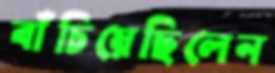
বাঁচিয়েছিলেন